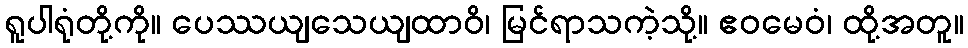
ရူပါရုံတို့ကို။ ပေဿယျသေယျထာဝိ၊ မြင်ရာသကဲ့သို့။ ဧဝမေဝံ၊ ထို့အတူ။